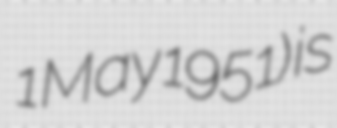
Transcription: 1 May 1951) is